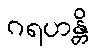
ဂရဟန္တိ